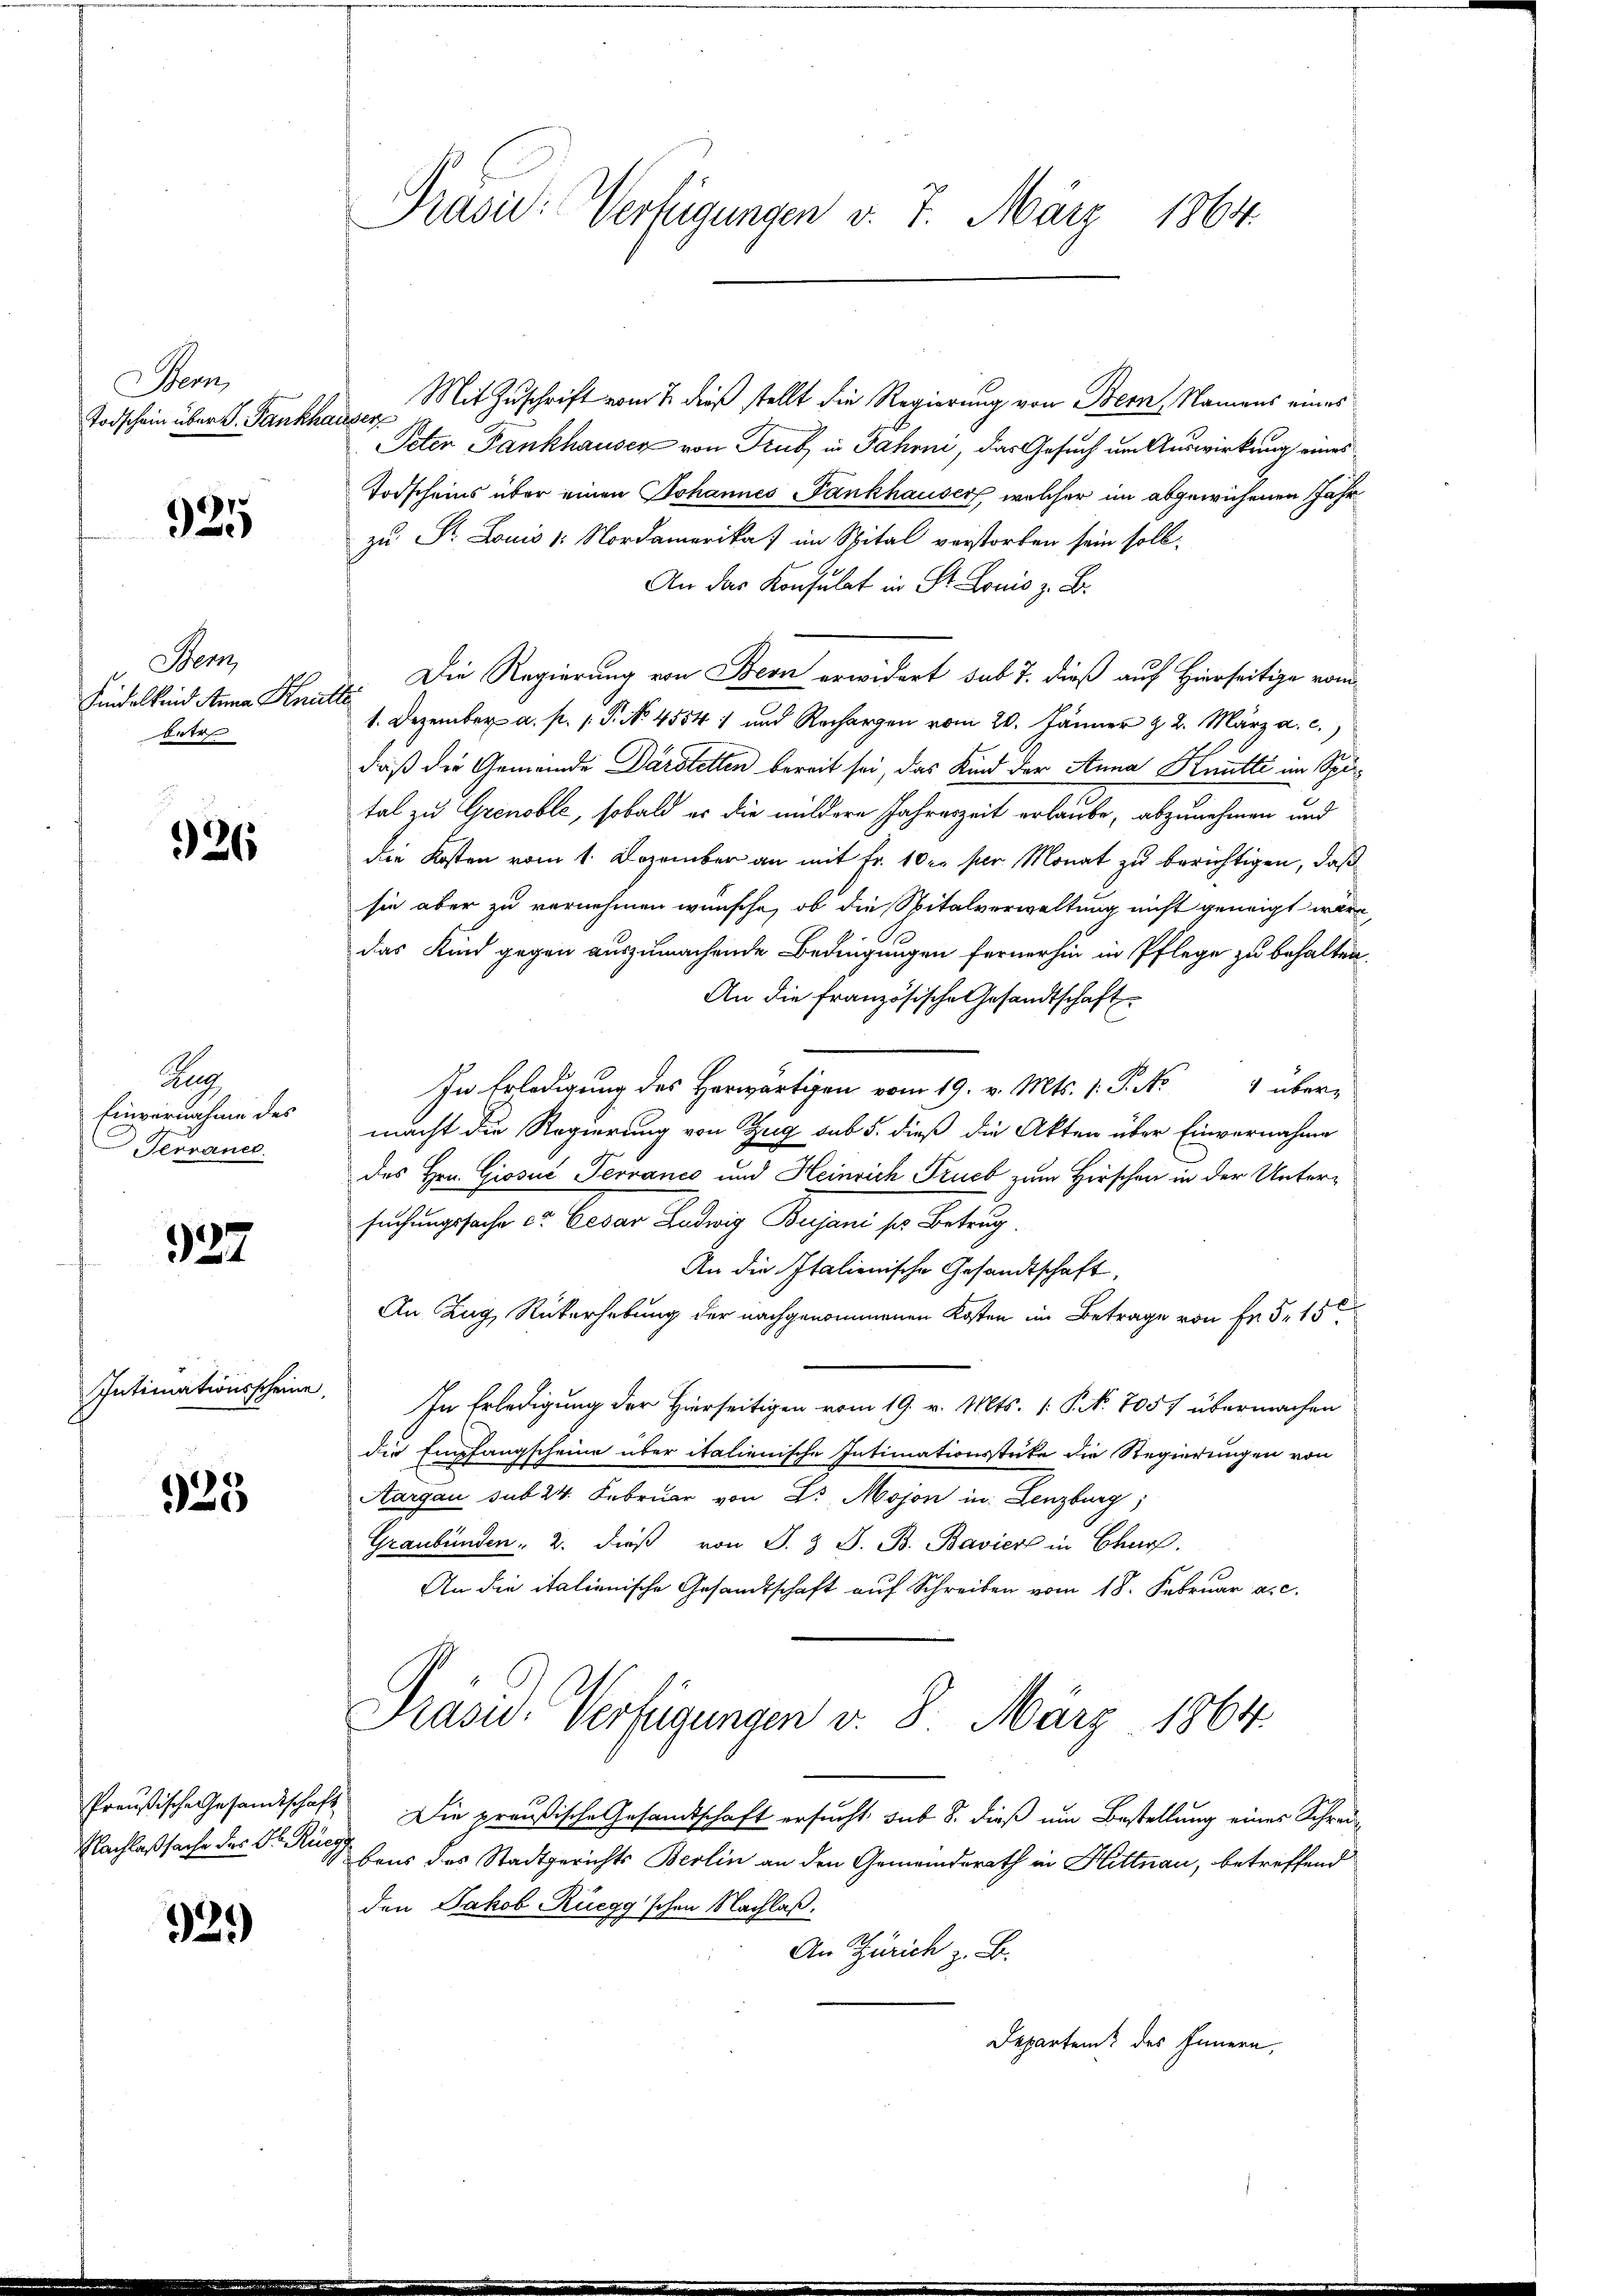
Stem
Todschein über d. Fankha

925

Menz
Findelkind Anna Knie
betr

926

Re
Einvernahme des
Serraner

927

Intimationsscheine

523

Preußische Gesandtschaf
Nachlaßsache des Ob. Rü

32.)

Präsid: Verfügungen v. 7. März 1864.

Mit Zuschrift vom 7. dieß stellt die Regierung von Bern, Namens eines
¬
Peten Fankhauser von Trub in Jahrni, das Gesuch um Auswirkung eines
Todscheins über einen Johannes Fankhauser, welcher im abgewichenen Jahr
zu Dr. Louis 1. Nordamerikat im Spital verstorben sein soll.
An das Konsulat in St. Louis z. B.
Die Regierung von Bern erwidert sub 7. dieß auf Hierseitige vom
.
1. Dezember a. p. 1. P. No. 45541 und Rechargen vom 20. Jänner p. 2. März a. c.)
daß der Gemeinde Darstellen bereit sei, das Kind der Anna Knutti im Spital zu Grenable, sobald es die mittere Jahrenheit erlaube, abzunehmen und
die Kosten vom 1. Dezember an mit Fr. 10 c. per Monat zu berichtigen, daß
sie aber zu vernehmen wünsche, ob die Spitalverwaltung nicht geneigt wäre,
das Kind gegen auszumachende Bedingungen fernerhin in Pflege zu behalten.
An die französische Gesandtschaft
In Erledigung des Herwärtigen vom 19. v. Mts. 1. P. No 4 übermacht die Regierung von Zug sub 5. dieß die Akten über Einvernahme
des Hrn. Giosuć Terranco und Heinrich Truch zum Hirschen in der Untersuchungssache v. Cesar Ludwig Bejani ser Betrug
An die Italienische Gesandtschaft,
An Zug Rükerhebung der nachgenommenen Kosten im Betrage von Fr. 5. 15
In Erledigung der Hierseitigen vom 19. v. Mts. (T. N. 7057 übermachen
die Empfangscheine über italienische Intimationsstrike die Regierungen von
Aargau sub 24. Februar von L. Mojon in Lenzburg,
Graubünden, 2. dieβ von J. J. J. B. Bavier in Churf.
An die italienische Gesandtschaft auf Schreiben vom 18. Februar a. c.
Prasid. Verfügungen v. 8. März 1864.
Die preußische Gesandtschaft ersucht, sub 8. dieß um Bestellung eines Schreibens des Stadtgerichts Berlin an den Gemeinderath in Hittnau, betreffend
den Jakob Rüegg schen Nachlaß.
An Zürich z. B.
Departen des Innern,